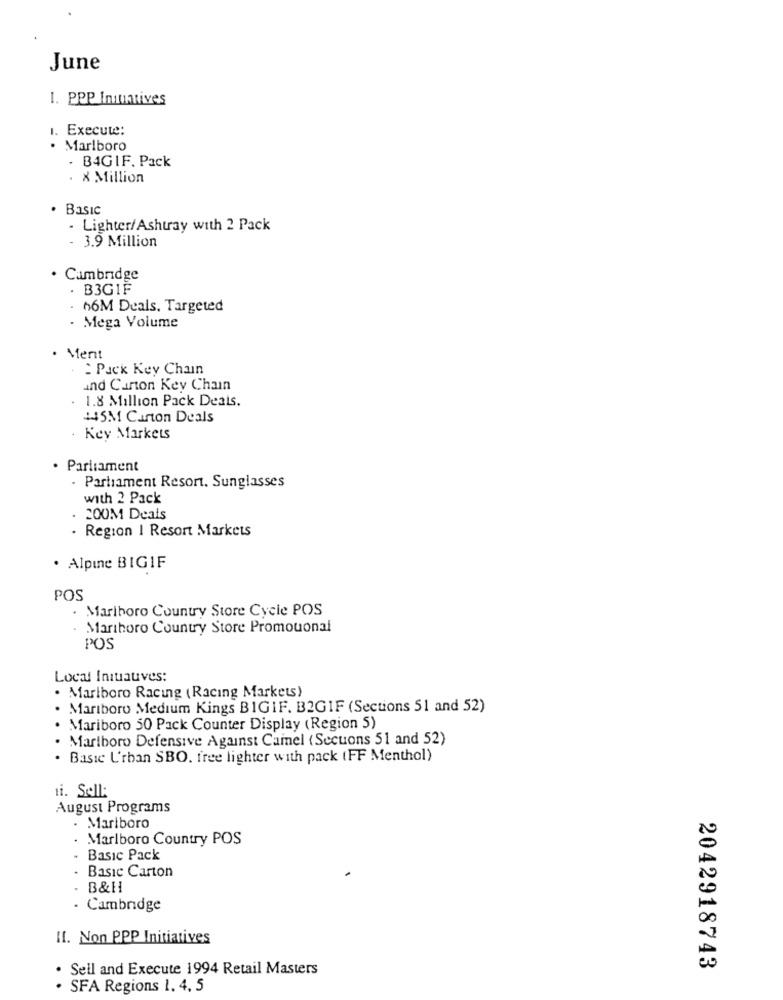
June
1. PPP Initiatives
1. Execute:
· Marlboro
. B4GIF. Pack
X Million
Basic
- Lighter/Ashtray with 2 Pack
- 3.9 Million
. Cambridge
. B3GIF
66M Deals, Targeted
. Mega Volume
Ment
Pack Key Chain
and Carton Key Chain
. 1.8 Million Pack Deals.
445M Carton Deals
. Key Markets
· Parliament
. Parliament Resort. Sunglasses
with 2 Pack
200M Deals
. Region I Resort Markets
· Alpine BIGIF
POS
. Marlboro Country Store Cycle POS
. Marihoro Country Store Promouonal
POS
Local Initiatives:
. Marlboro Racing (Racing Markets)
Mariboro Medium Kings BIGIF. B2GIF (Sections 51 and 52)
Mariboro 50 Pack Counter Display (Region 5)
Marlboro Defensive Against Camel (Secuons 51 and 52)
Basic L'rban SBO, free lighter with pack (FF Menthol)
ti. Sell:
August Programs
. Marlboro
Marlboro Country POS
Basic Pack
Basic Carton
B&H
· Cambridge
II. Non PPP Initiatives
. Sell and Execute 1994 Retail Masters
2042918743
. SFA Regions 1, 4, 5